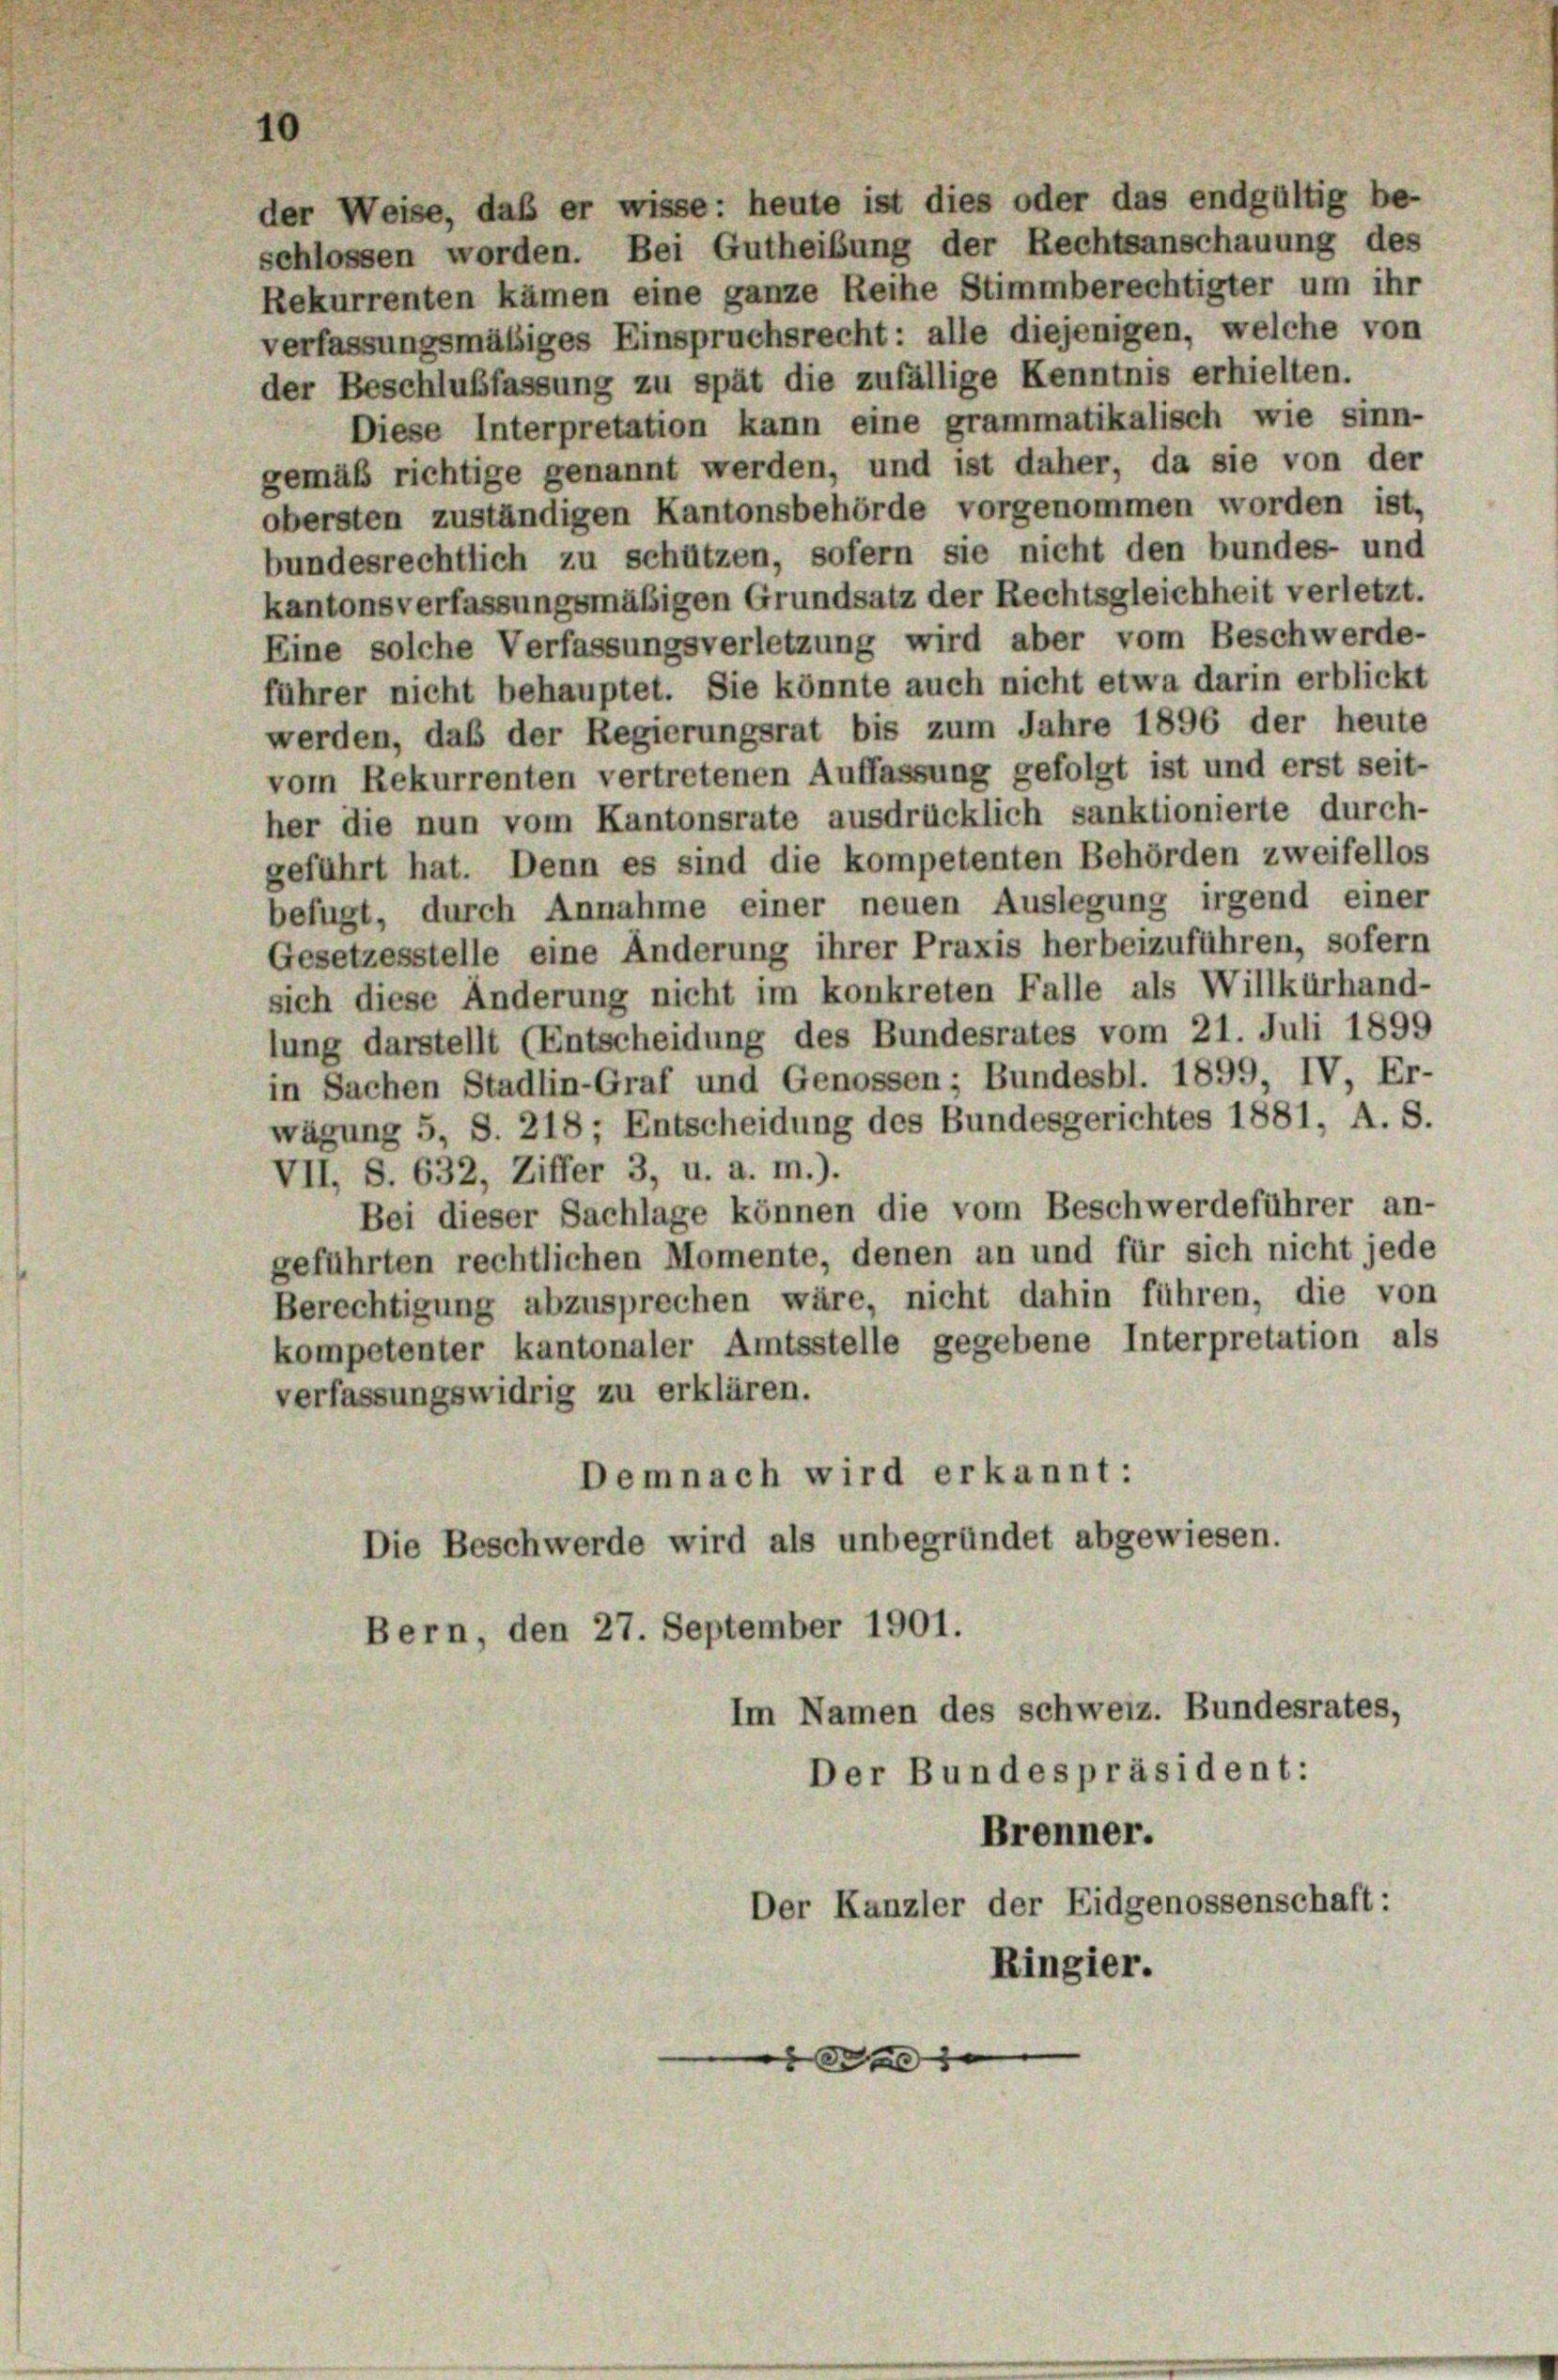
10
der Weise, daß er wisse: heute ist dies oder das endgültig be-
schlossen worden. Bei Gutheibung der Rechtsanschauung des
Rekurrenten kämen eine ganze Reihe Stimmberechtigter um ihr
verfassungsmäßiges Einspruchsrecht: alle diejenigen, welche von
der Beschlußfassung zu spät die zufällige Kenntnis erhielten.

Diese Interpretation kann eine grammatikalisch wie sinn-
gemäß richtige genannt werden, und ist daher, da sie von der
obersten zuständigen Kantonsbehörde vorgenommen worden ist,
bundesrechtlich zu schützen, sofern sie nicht den bundes- und
kantonsverfassungsmäßigen Grundsatz der Rechtsgleichheit verletzt.
Eine solche Verfassungsverletzung wird aber vom Beschwerde-
führer nicht behauptet. Sie könnte auch nicht etwa darin erblickt
werden, daß der Regierungsrat bis zum Jahre 1896 der heute
vom Rekurrenten vertretenen Auffassung gefolgt ist und erst seit-
her die nun vom Kantonsrate ausdrücklich sanktionierte durch-
geführt hat. Denn es sind die kompetenten Behörden zweifellos
befugt, durch Annahme einer neuen Auslegung irgend einer
Gesetzesstelle eine Änderung ihrer Praxis herbeizuführen, sofern
sich diese Änderung nicht im konkreten Falle als Willkürhand-
lung darstellt (Entscheidung des Bundesrates vom 21. Juli 1899
in Sachen Stadlin-Graf und Genossen; Bundesbl. 1899, IV Er-
wägung 5, S. 218; Entscheidung des Bundesgerichtes 1881, A. S.
VII, S. 632, Ziffer 3, u. a. m.).
Bei dieser Sachlage können die vom Beschwerdeführer an-
geführten rechtlichen Momente, denen an und für sich nicht jede
Berechtigung abzusprechen wäre, nicht dahin führen, die von
kompetenter kantonaler Amtsstelle gegebene Interpretation als
verfassungswidrig zu erklären.
Demnach wird erkannt:
Die Beschwerde wird als unbegründet abgewiesen.
Bern, den 27. September 1901.
Im Namen des schweiz. Bundesrates,
Der Bundespräsident:
Brenner.
Der Kanzler der Eidgenossenschaft:
Ringier.

de